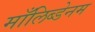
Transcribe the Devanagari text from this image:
माँलिब्डेनम